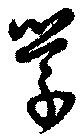
学